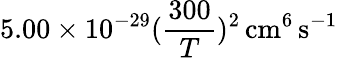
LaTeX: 5.00\times 10^{-29}(\frac{300}{T})^{2}\, \mathrm{cm^{6}\, s^{-1}}